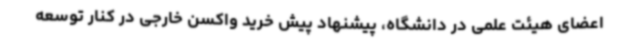
اعضای هیئت علمی در دانشگاه، پیشنهاد پیش خرید واکسن خارجی در کنار توسعه